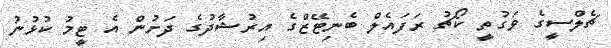
ޗެލްސީގެ ވަގުތީ ކޯޗު ރަފައެލް ބެނިޓޭޒްގެ އިރުޝާދުގެ ދަށުން އެ ޓީމު ކުޅުނު